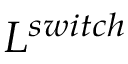
L ^ { s w i t c h }